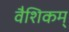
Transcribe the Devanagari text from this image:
वैशिकम्